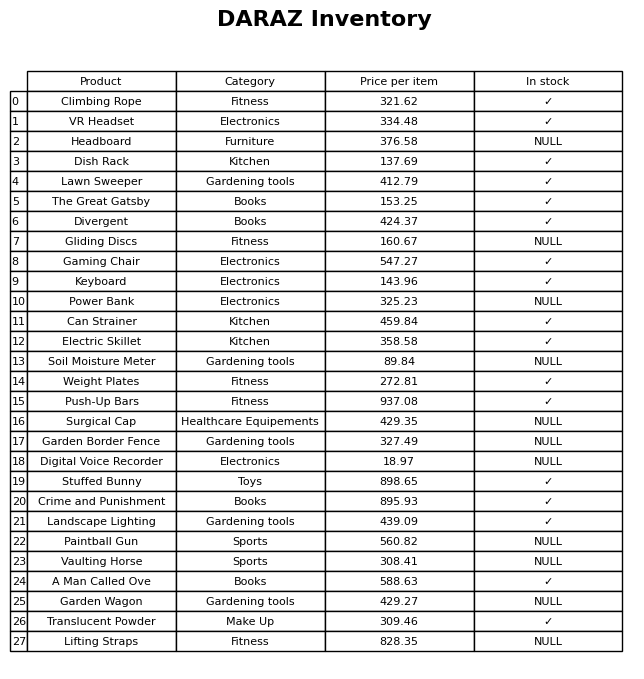
question: What is the stock status of the VR Headset?
answer: ✓